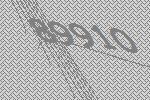
89910